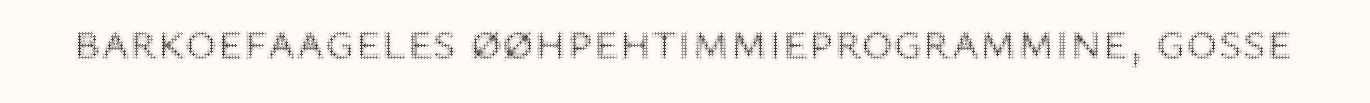
barkoefaageles øøhpehtimmieprogrammine, gosse